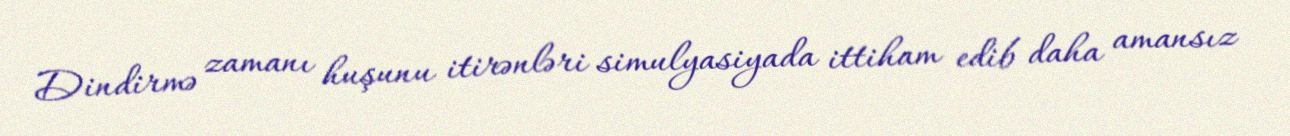
Dindirmə zamanı huşunu itirənləri simulyasiyada ittiham edib daha amansız